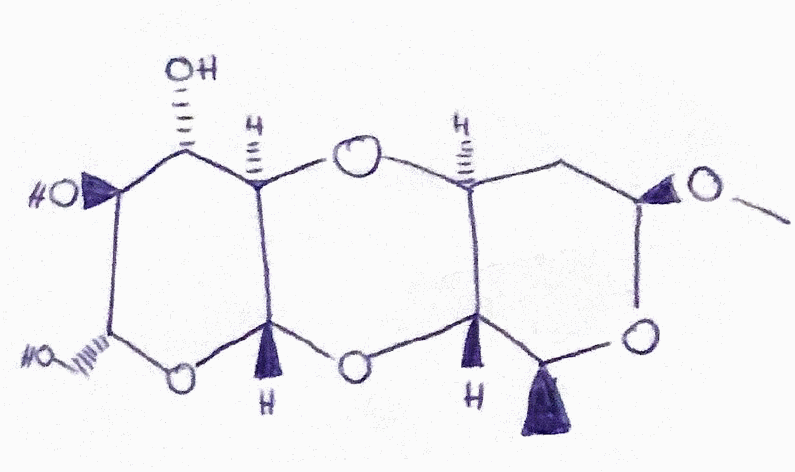
Simplified molecular-input line-entry system (SMILES) notation of the given molecule:
C[C@H]1[C@H]2[C@H](C[C@H](O1)OC)O[C@@H]3[C@H]([C@@H]([C@H](O[C@H]3O2)CO)O)O